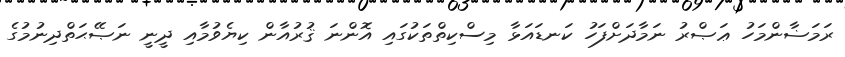
ރަމަޟާންމަހު ޢަޞްރު ނަމާދަށްފަހު ކަނޑައަޅާ މިސްކިތްތަކުގައި އޮންނަ ޤުރުއާން ކިޔެވުމާއި ދީނީ ނަޞޭޙަތްދިނުމުގެ